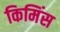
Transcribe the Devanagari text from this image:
किमिंस